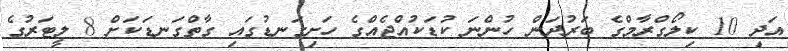
އަދި 10 ކިލޯގްރާމްގެ ބަރުދަން ހުންނަ ކުޑަކުއްޖެއްގެ ހަށިގަނޑުގައި ގާތްގަނޑަކަށް 8 ލީޓަރުގެ